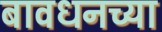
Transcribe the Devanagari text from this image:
बावधनच्या